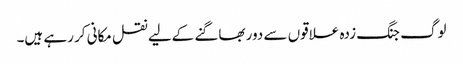
لوگ جنگ زدہ علاقوں سے دور بھاگنے کےلیے نقل مکانی کر رہے ہیں۔